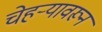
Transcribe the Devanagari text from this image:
चेहऱ्यावरून